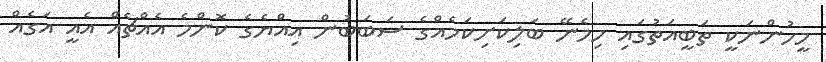
މީހުންނަކީ ތަބީއަތުގައި ހިމެނޭ ބަލިކަށިކަމެއްގެ ސަބަބުން އިއްޔެގެ ކޮންމެ އެއްޗެއް އެއީ އަގެއް